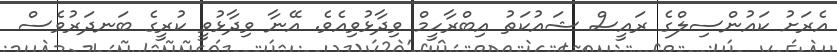
އެރަށު ކައުންސިލްގެ ރައީސް ޝައުކަތު އިބްރާހީމް ވިދާޅުވިއެވެ. އޭނާ ވިދާޅުވީ ކުރީގެ ބަނދަރުވެސް